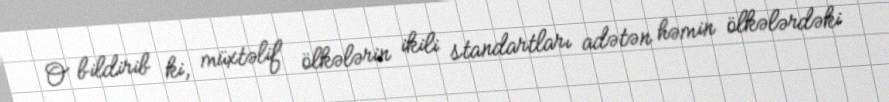
O bildirib ki, müxtəlif ölkələrin ikili standartları adətən həmin ölkələrdəki